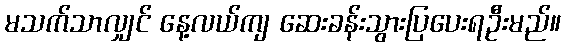
မသက်သာလျှင် နေ့လယ်ကျ ဆေးခန်းသွားပြပေးရဦးမည်။